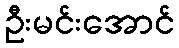
ဦးမင်းအောင်